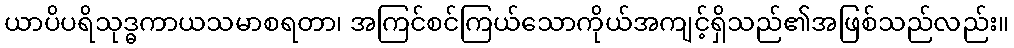
ယာပိပရိသုဒ္ဓကာယသမာစရတာ၊ အကြင်စင်ကြယ်သောကိုယ်အကျင့်ရှိသည်၏အဖြစ်သည်လည်း။